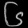
Digit: ၆